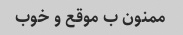
ممنون ب موقع و خوب